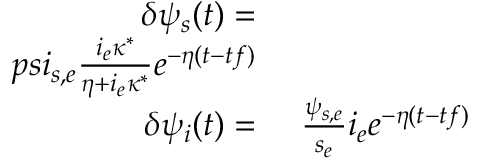
\begin{array} { r l } { \delta \psi _ { s } ( t ) = } & { { } } \\ { p s i _ { s , e } \frac { i _ { e } \kappa ^ { * } } { \eta + i _ { e } \kappa ^ { * } } e ^ { - \eta ( t - t f ) } } \\ { \delta \psi _ { i } ( t ) = } & { { } \ \frac { \psi _ { s , e } } { s _ { e } } i _ { e } e ^ { - \eta ( t - t f ) } } \end{array}